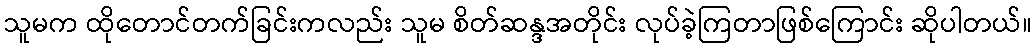
သူမက ထိုတောင်တက်ခြင်းကလည်း သူမ စိတ်ဆန္ဒအတိုင်း လုပ်ခဲ့ကြတာဖြစ်ကြောင်း ဆိုပါတယ်။